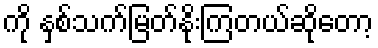
ကို နှစ်သက်မြတ်နိုးကြတယ်ဆိုတော့